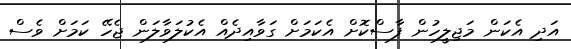
އަދި އެކަން މަޖިލީހުން ފާސްކޮށް އެކަމަށް ގަވާއިދެއް އެކުލަވާލަން ޖެހޭ ކަމަށް ވެސް